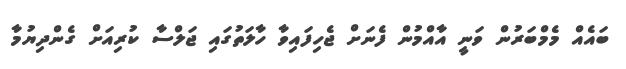
ބައެއް މެމްބަރުން ވަނީ އާއްމުން ފެނަށް ޖެހިފައިވާ ހާލަތުގައި ޖަލްސާ ކުރިއަށް ގެންދިޔުމާ